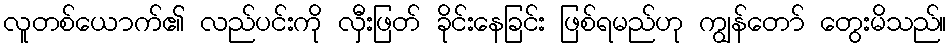
လူတစ်ယောက်၏ လည်ပင်းကို လှီးဖြတ် ခိုင်းနေခြင်း ဖြစ်ရမည်ဟု ကျွန်တော် တွေးမိသည်။